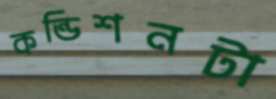
কন্ডিশনটা